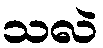
သလဲ